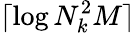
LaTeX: \lceil\log N_{k}^{2}M\rceil